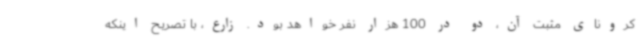
کرونای مثبت آن، دو در 100 هزار نفر خواهد بود. زارع، با تصریح اینکه